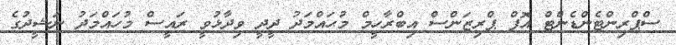
ސްޕްރިންޓެންޑެންޓް އޮފް ޕްރިޒަންސް އިބްރާހީމް މުޙައްމަދު ދީދީ ވިދާޅުވީ ރައީސް މުހައްމަދު ނަޝީދުގެ